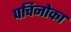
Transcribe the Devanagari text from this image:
पचिनोका